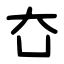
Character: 㚎